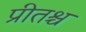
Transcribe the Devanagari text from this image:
प्रीतश्च